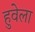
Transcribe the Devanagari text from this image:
हुवेला